Report of an investigation of the epidemic of malarial fever in Assam, or, kala-azar
Disease focus: Malaria
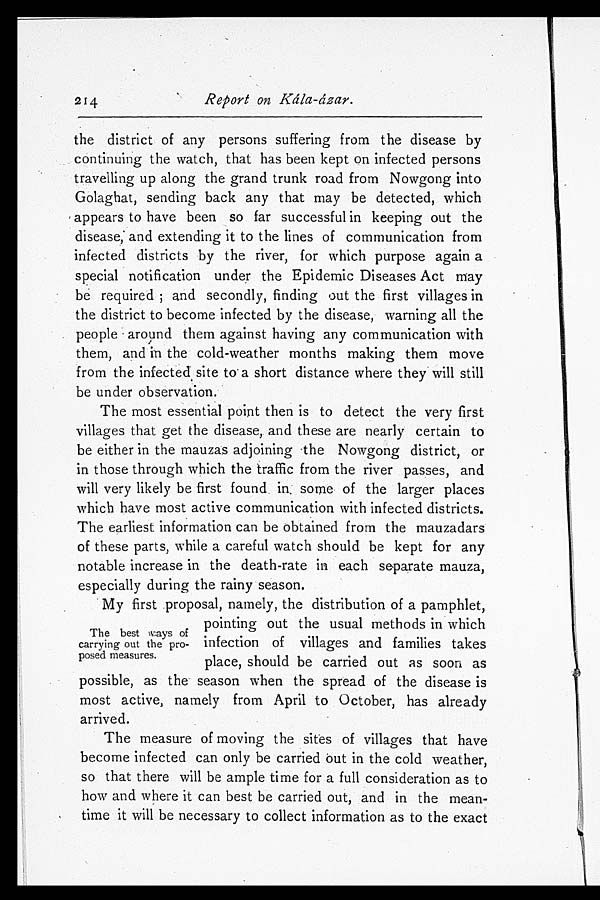
214 Report on Kála-ázar.
the district of any persons suffering from the disease by
continuing the watch, that has been kept on infected persons
travelling up along the grand trunk road from Nowgong into
Golaghat, sending back any that may be detected, which
appears to have been so far successful in keeping out the
disease, and extending it to the lines of communication from
infected districts by the river, for which purpose again a
special notification under the Epidemic Diseases Act may
be required; and secondly, finding out the first villages in
the district to become infected by the disease, warning all the
people around them against having any communication with
them, and in the cold-weather months making them move
from the infected site to a short distance where they will still
be under observation.
The most essential point then is to detect the very first
villages that get the disease, and these are nearly certain to
be either in the mauzas adjoining the Nowgong district, or
in those through which the traffic from the river passes, and
will very likely be first found in some of the larger places
which have most active communication with infected districts.
The earliest information can be obtained from the mauzadars
of these parts, while a careful watch should be kept for any
notable increase in the death-rate in each separate mauza,
especially during the rainy season.
My first proposal, namely, the distribution of a pamphlet,
pointing out the usual methods in which
infection of villages and families takes
place, should be carried out as soon as
possible, as the season when the spread of the disease is
most active, namely from April to October, has already
arrived.
The measure of moving the sites of villages that have
become infected can only be carried out in the cold weather,
so that there will be ample time for a full consideration as to
how and where it can best be carried out, and in the mean-
time it will be necessary to collect information as to the exact
The best ways of
carrying out the pro-
posed measures.